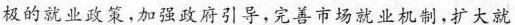
极的就业政策，加强政府引导，完善市场就业机制，扩大就